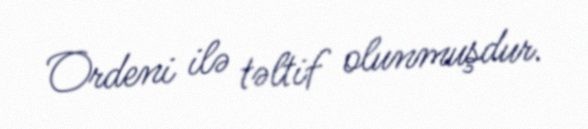
Ordeni ilə təltif olunmuşdur.